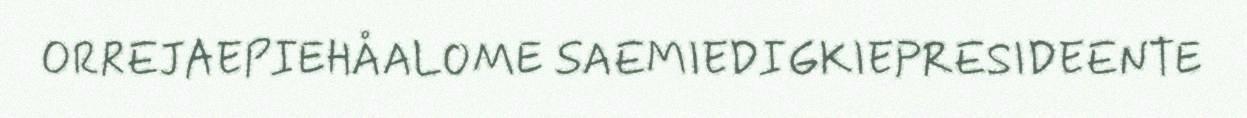
ORREJAEPIEHÅALOME SAEMIEDIGKIEPRESIDEENTE